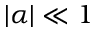
| \alpha | \ll 1